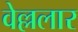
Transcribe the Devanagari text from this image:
वेल्ललार